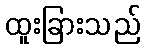
ထူးခြားသည်